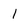
Character: 1